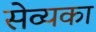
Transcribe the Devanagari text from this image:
सेव्यका